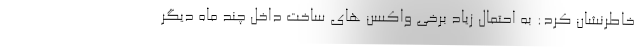
خاطرنشان کرد: به احتمال زیاد برخی واکسن های ساخت داخل چند ماه دیگر